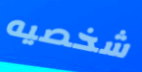
شخصيه